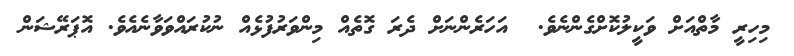
މިހިރީ މާތްއަށް ވަކީލުކޮށްގެންނެވެ.  އަހަރެންނަށް ދެރަ ގޮތެއް މިންވަރުފުޅެއް ނުކުރައްވަވާނެއެވެ. އޮޕަރޭޝަން